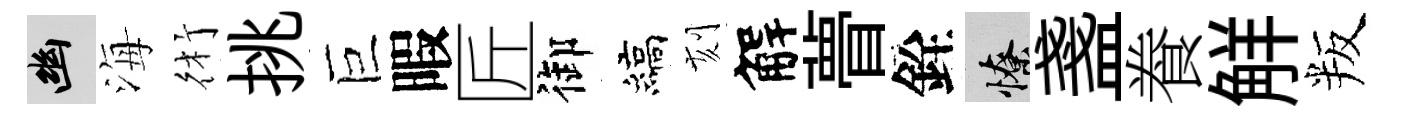
幽海術挑巨暇匠御縞刻解瞢銓憭盞飬觧叛